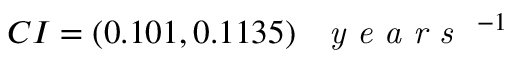
C I = ( 0 . 1 0 1 , 0 . 1 1 3 5 ) \; \textrm { \textit { y e a r s } } ^ { - 1 }